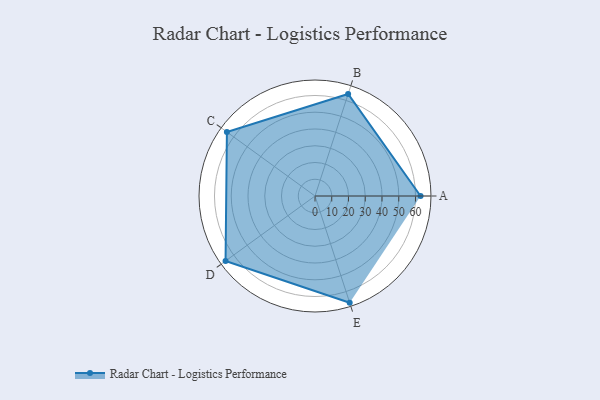
{"axis": {"x": "Skill", "y": "Score"}, "legend": ["Profile"], "data": [{"x": "A", "y": 63.0, "type": "Profile"}, {"x": "B", "y": 64.0, "type": "Profile"}, {"x": "C", "y": 65.0, "type": "Profile"}, {"x": "D", "y": 66.0, "type": "Profile"}, {"x": "E", "y": 67.0, "type": "Profile"}]}